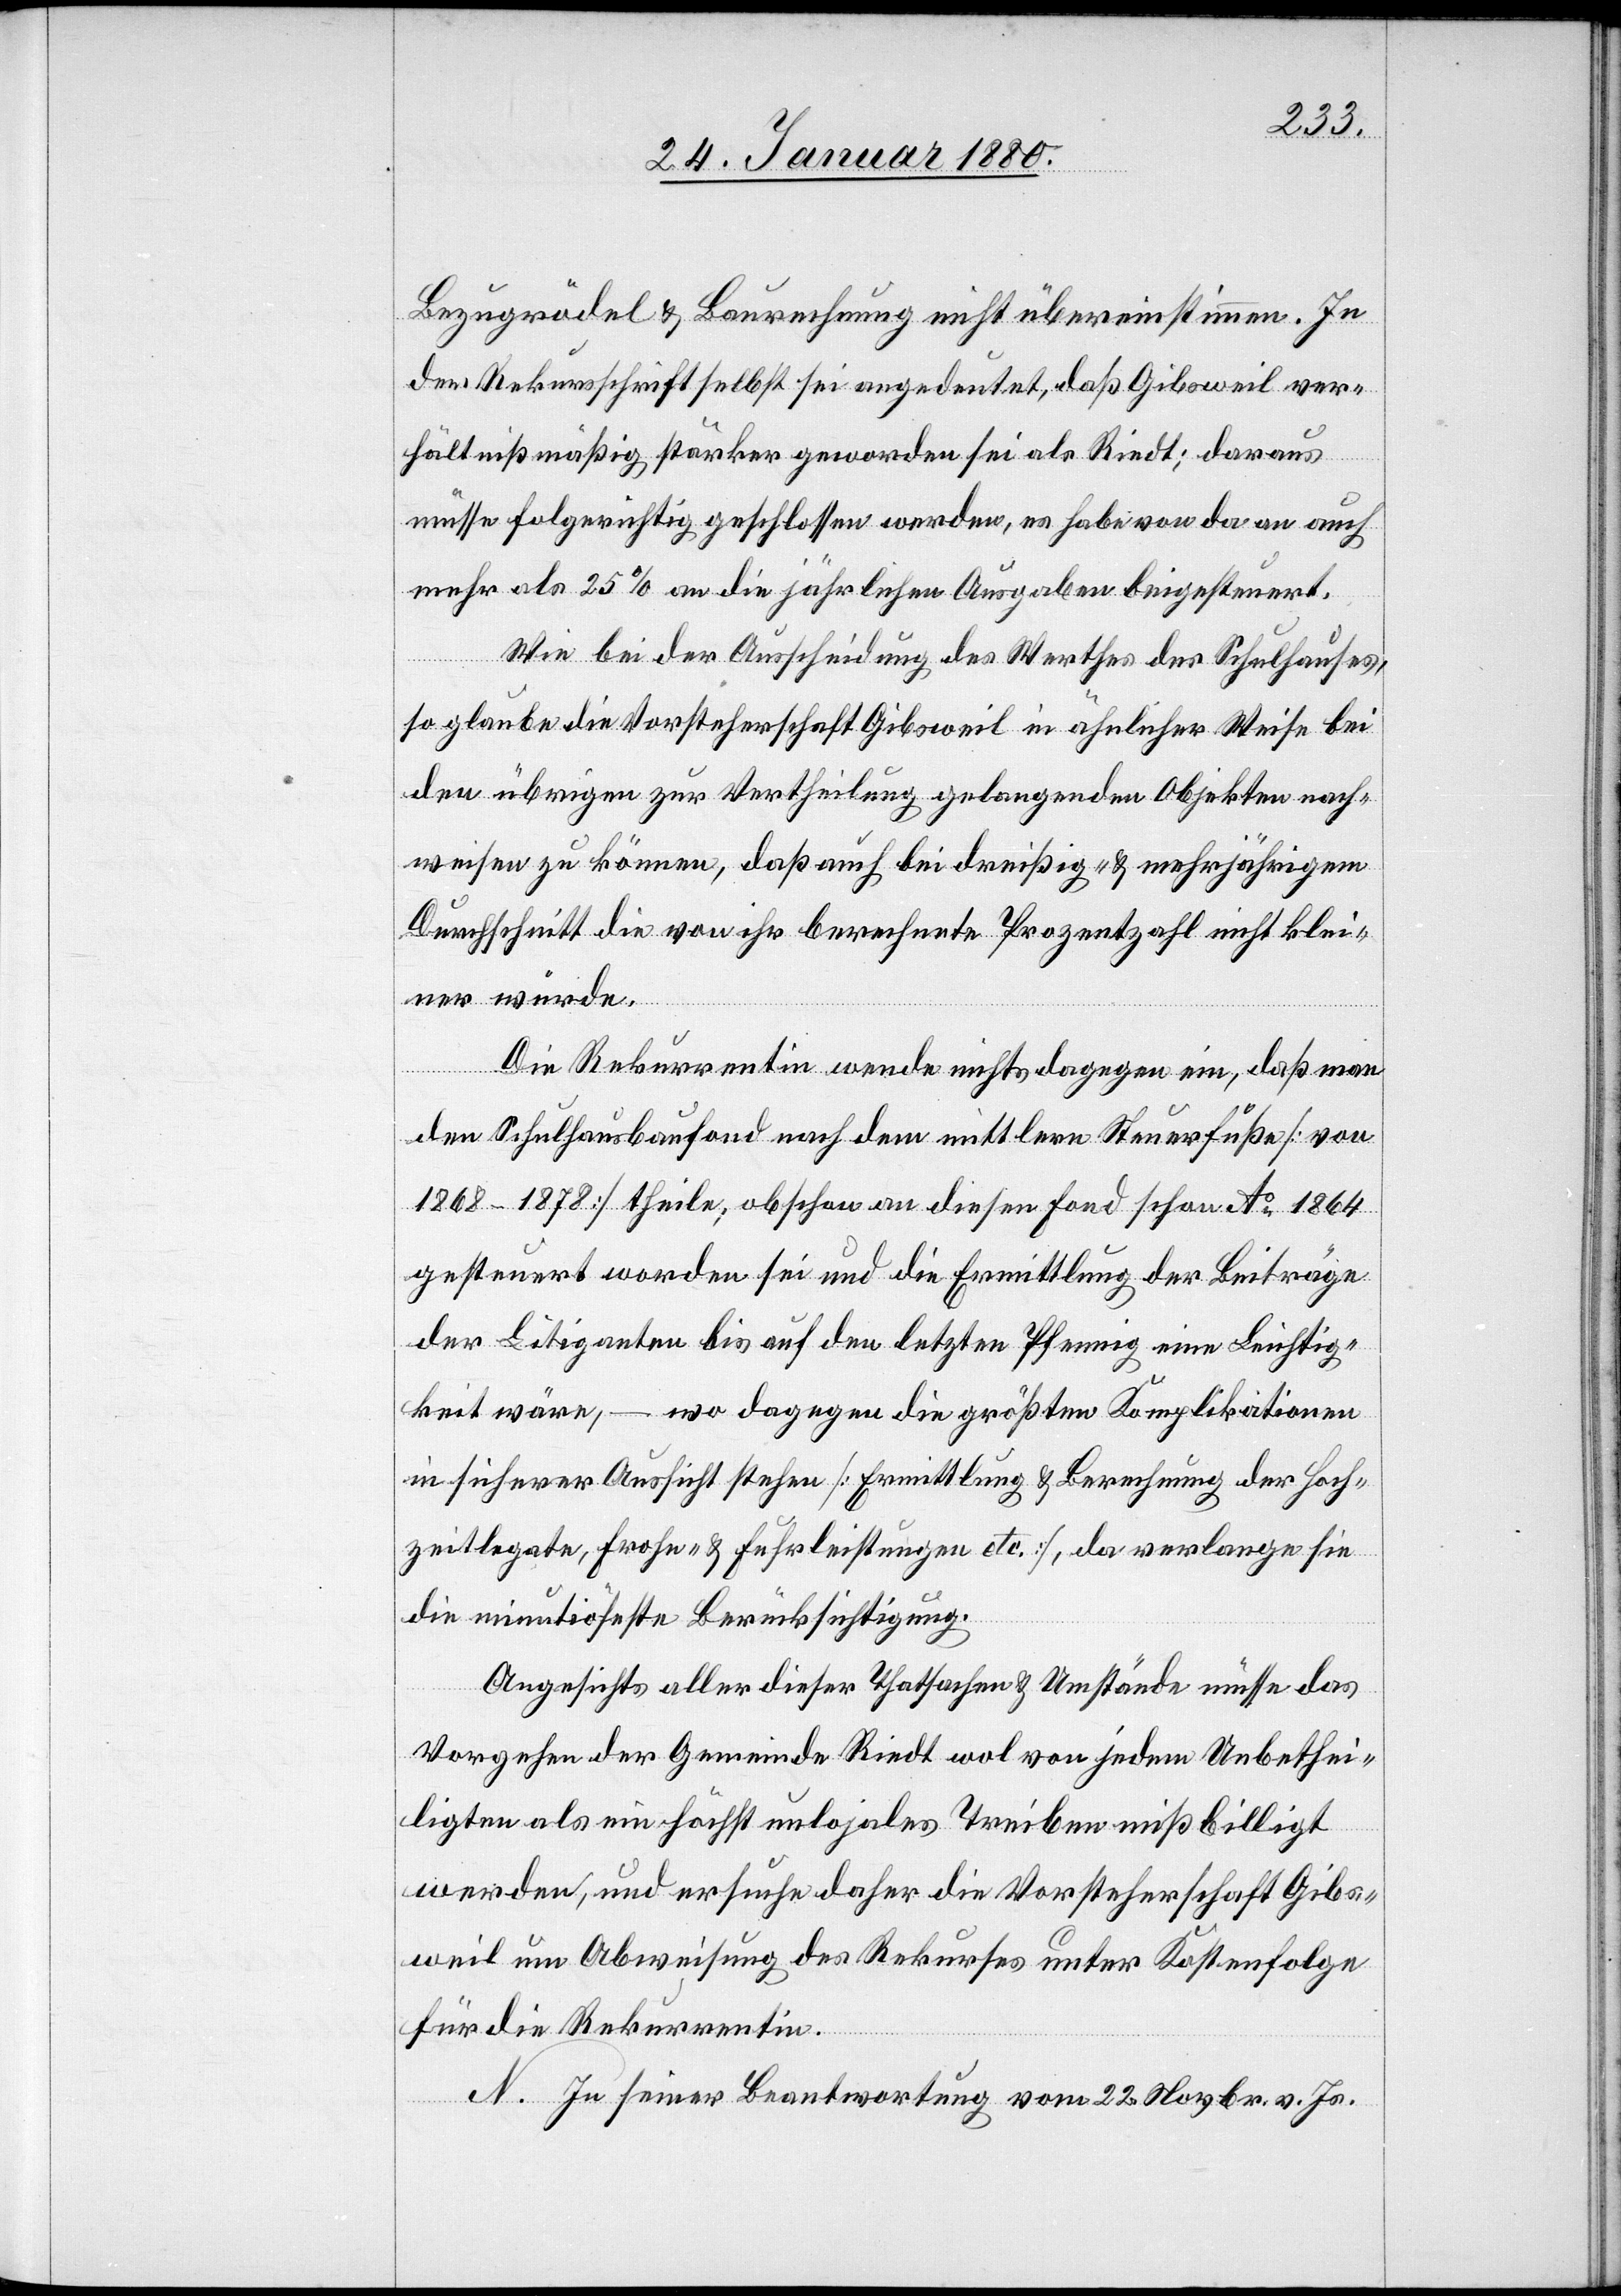
Bezugsrodel & Baurechnung nicht übereinstimmen. In
der Rekursschrift selbst sei angedeutet, daß Gibsweil ver¬
hältnißmäßig stärker geworden sei als Riedt; daraus
müsse folgerichtig geschlossen werden, es habe von da an auch
mehr als 25 % an die jährlichen Ausgaben beigesteuert.
Wie bei der Ausscheidung des Werthes des Schulhauses,
so glaube die Vorsteherschaft Gibsweil in ähnlicher Weise bei
den übrigen zur Vertheilung gelangenden Objekten nach¬
weisen zu können, daß auch bei dreißig- & mehrjährigem
Durchschnitt die von ihr berechnete Prozentzahl nicht klei¬
ner würde.
Die Rekurrentin wende nichts dagegen ein, daß man
den Schulhausbaufond nach dem mittlern Steuerfuße [von
1868–1878] theile; obschon an diesen Fond schon Ao 1864
gesteuert worden sei und die Ermittlung der Beiträge
der Litiganten bis auf den letzten Pfennig eine Leichtig¬
keit wäre, – wo dagegen die größten Komplikationen
in sicherer Aussicht stehen [Ermittlung & Berechnung der Hoch¬
zeitlegate, Frohn- & Fuhrleistungen etc.], da verlange sie
die minutiöseste Berücksichtigung.
Angesichts aller dieser Thatsachen & Umstände müsse das
Vorgehen der Gemeinde Riedt wol von jedem Unbethei¬
ligten als ein höchst unlogisches Treiben mißbilligt
werden, und ersuche daher die Vorsteherschaft Gibs¬
weil um Abweisung des Rekurses unter Kostenfolge
für die Rekurrentin.
N. In seiner Beantwortung vom 22. Novbr. v. Js.